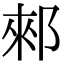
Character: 郲